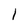
Character: l